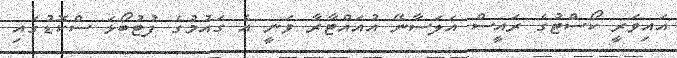
އައިވަރީ ކޯސްޓުގެ ރައީސް އަލަސާނޭ އުއައްޓާރާ ވަނީ އެ ގައުމުގެ ފުޓުބޯޅަ ސްކޮޑުގައި